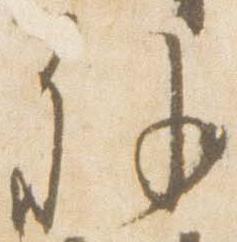
外